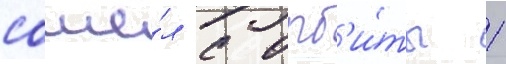
сошё́л с орб'и́ты 1